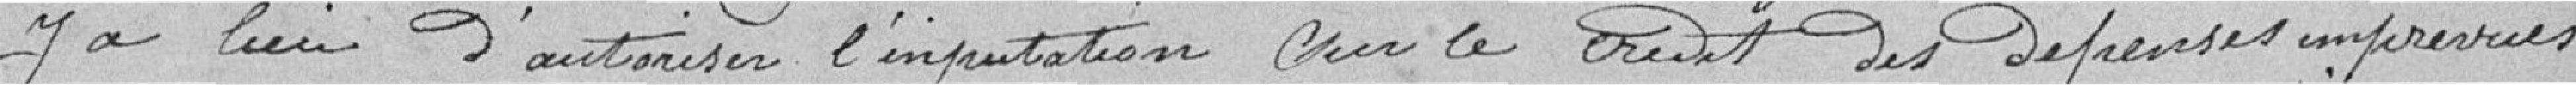
y a lieu d'autoriser l'imputation pour le crédit des dépenses imprévues